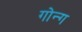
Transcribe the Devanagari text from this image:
गोन्ग